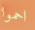
احموا